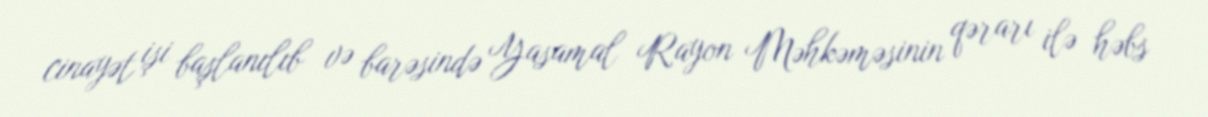
cinayət işi başlanılıb və barəsində Yasamal Rayon Məhkəməsinin qərarı ilə həbs